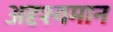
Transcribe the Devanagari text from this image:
अदृश्यमान